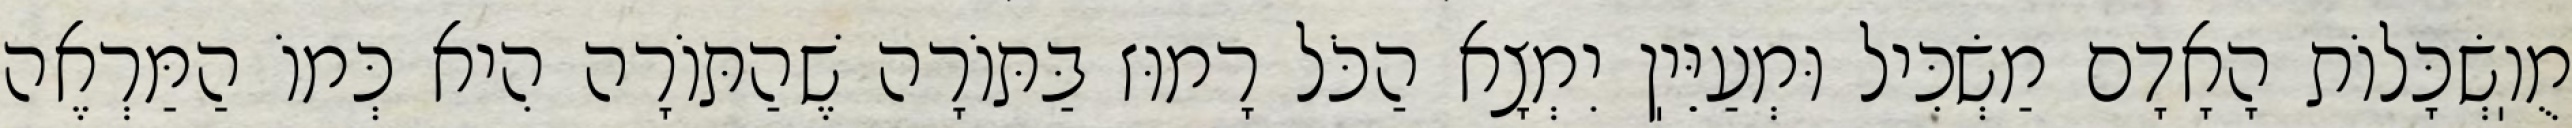
מֻוֽשְׂכָּלוֹת הָאָדָם מַשְׂכִּיל וּמְעַיֵּיֽן יִמְצָא הַכֹּל רָמוּז בַּתּוֹרָה שֶׁהַתּוֹרָה הִיא כְּמוֹ הַמַּרְאֶה